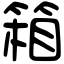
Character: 箱